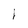
Character: i